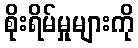
စိုးရိမ်မှုများကို